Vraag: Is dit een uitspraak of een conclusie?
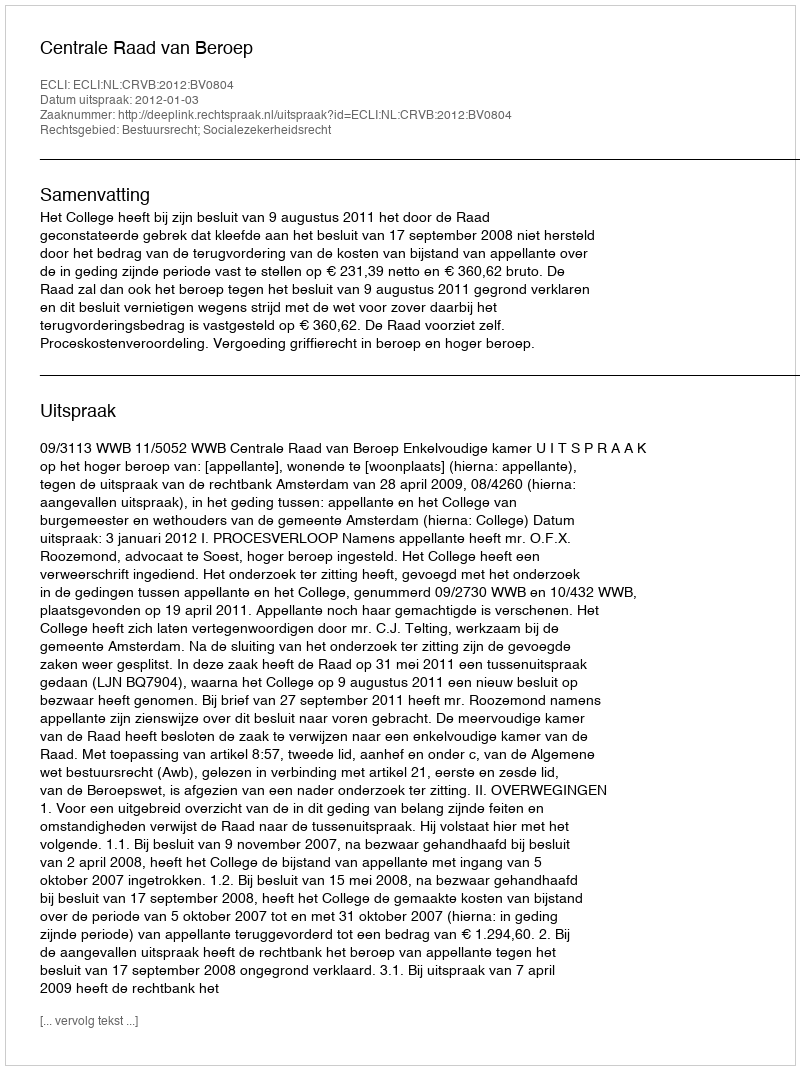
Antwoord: Uitspraak